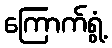
ကြောက်ရွံ့